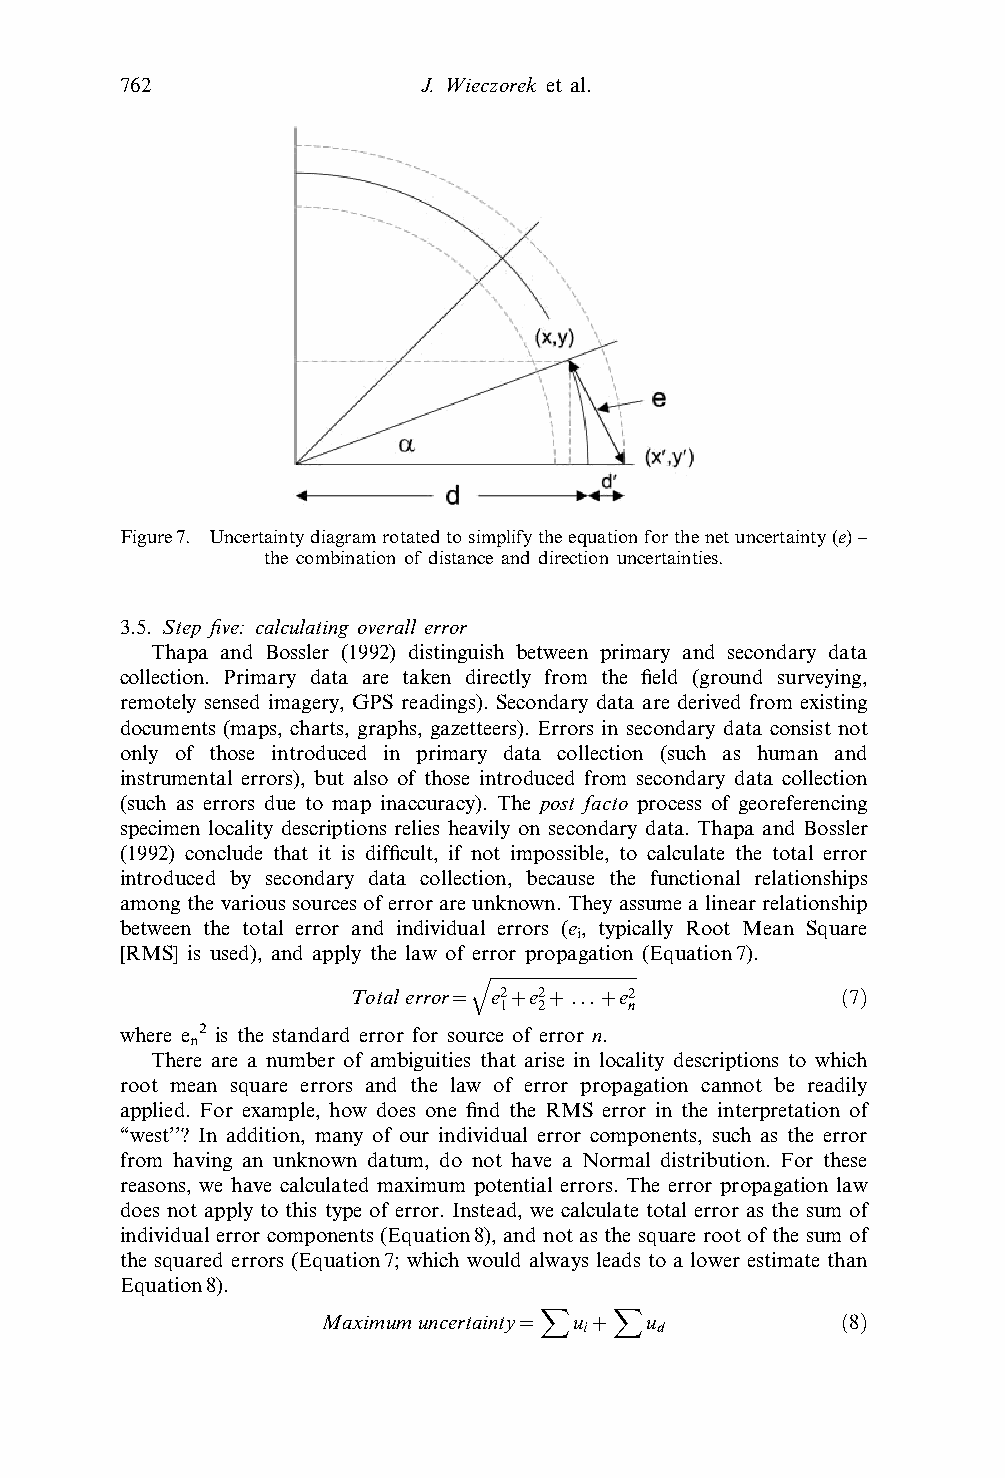
762                 J. Wieczorek et al.
 Figure7. Uncertaintydiagramrotatedtosimplifytheequationforthenetuncertainty(e)–
 the combination of distance and direction uncertainties.
 3.5. Step five: calculating overall error
 Thapa and Bossler (1992) distinguish between primary and secondary data
 collection. Primary data are taken directly from the field (ground surveying,
 remotely sensed imagery, GPS readings). Secondary data are derived from existing
 documents (maps, charts, graphs, gazetteers). Errors in secondary data consist not
 only of those introduced in primary data collection (such as human and
 instrumental errors), but also of those introduced from secondary data collection
 (such as errors due to map inaccuracy). The post facto process of georeferencing
 specimen locality descriptions relies heavily on secondary data. Thapa and Bossler
 (1992) conclude that it is difficult, if not impossible, to calculate the total error
 introduced by secondary data collection, because the functional relationships
 amongthevarioussourcesoferrorareunknown.Theyassumealinearrelationship
 between the total error and individual errors (e, typically Root Mean Square
 i
 [RMS] is used), and apply the law of error propagation (Equation7).
 qffiffiffiffiffiffiffiffiffiffiffiffiffiffiffiffiffiffiffiffiffiffiffiffiffiffiffiffiffiffiffiffiffiffi
 Total error~ e2ze2z...ze2        ð7Þ
 1  2     n
 where e 2 is the standard error for source of error n.
 n
 There are a number of ambiguities that arise in locality descriptions to which
 root mean square errors and the law of error propagation cannot be readily
 applied. For example, how does one find the RMS error in the interpretation of
 ‘‘west’’? In addition, many of our individual error components, such as the error
 from having an unknown datum, do not have a Normal distribution. For these
 reasons, we have calculated maximum potential errors. The error propagation law
 does not apply to this type of error. Instead, we calculate total error as the sum of
 individual error components (Equation8), and not as the square root of the sum of
 the squared errors (Equation7; which would always leads to a lower estimate than
 Equation8).
 X    X
 Maximumuncertainty~ uz u           ð8Þ
 i   d